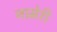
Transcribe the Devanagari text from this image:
नामेरी